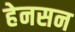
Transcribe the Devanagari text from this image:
हेनसन